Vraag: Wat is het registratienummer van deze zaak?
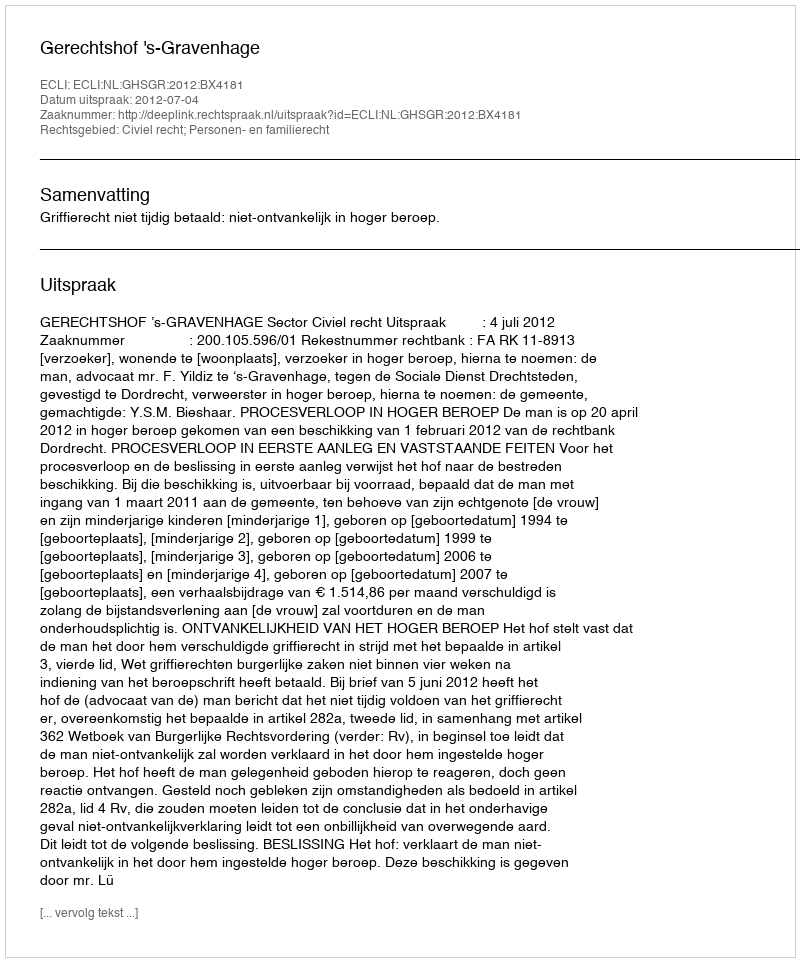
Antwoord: http://deeplink.rechtspraak.nl/uitspraak?id=ECLI:NL:GHSGR:2012:BX4181